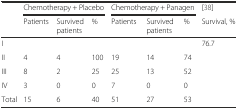
<table><thead><tr><td rowspan="2"></td><td colspan="3"><b>Chemotherapy + Placebo</b></td><td colspan="3"><b>Chemotherapy + Panagen</b></td><td><b>[38]</b></td></tr><tr><td><b>Patients</b></td><td><b>Survived patients</b></td><td><b>%</b></td><td><b>Patients</b></td><td><b>Survived patients</b></td><td><b>%</b></td><td><b>Survival, %</b></td></tr></thead><tbody><tr><td>I</td><td></td><td></td><td></td><td></td><td></td><td></td><td rowspan="3">76.7</td></tr><tr><td>II</td><td>4</td><td>4</td><td>100</td><td>19</td><td>14</td><td>74</td></tr><tr><td>III</td><td>8</td><td>2</td><td>25</td><td>25</td><td>13</td><td>52</td></tr><tr><td>IV</td><td>3</td><td>0</td><td>0</td><td>7</td><td>0</td><td>0</td><td></td></tr><tr><td>Total</td><td>15</td><td>6</td><td>40</td><td>51</td><td>27</td><td>53</td><td></td></tr></tbody></table>